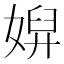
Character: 㜒